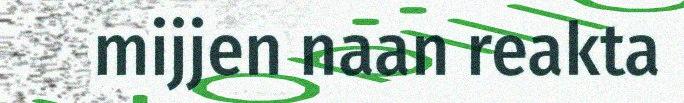
mijjen naan reakta